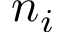
n _ { i }